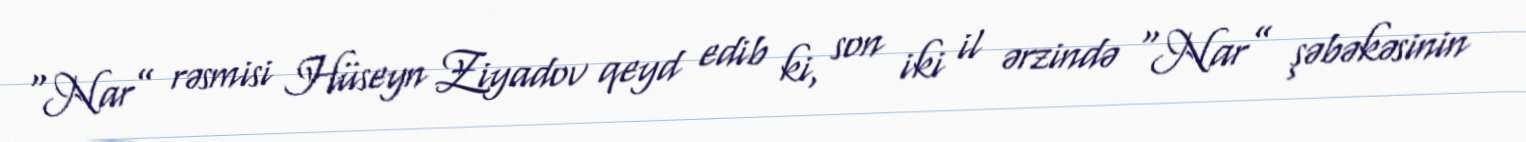
“Nar” rəsmisi Hüseyn Ziyadov qeyd edib ki, son iki il ərzində “Nar” şəbəkəsinin